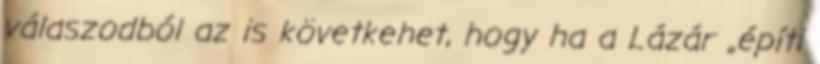
válaszodból az is követkehet, hogy ha a Lázár „építi